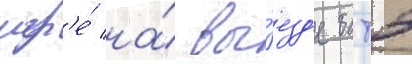
игр'е́ на́ вы́езд'е батэ